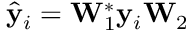
\hat { \mathbf { y } } _ { i } = \mathbf { W } _ { 1 } ^ { * } \mathbf { y } _ { i } \mathbf { W } _ { 2 }